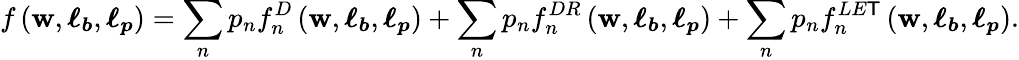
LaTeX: f\left(\boldsymbol{\mathbf{w}},\boldsymbol{\ell_{b}},\boldsymbol{\ell_{p}}\right)=\sum_{n}p_{n}f_{n}^{D}\left(\boldsymbol{\mathbf{w}},\boldsymbol{\ell_{b}},\boldsymbol{\ell_{p}}\right)+\sum_{n}p_{n}f_{n}^{DR}\left(\boldsymbol{\mathbf{w}},\boldsymbol{\ell_{b}},\boldsymbol{\ell_{p}}\right)+\sum_{n}p_{n}f_{n}^{LE\mathsf{T}}\left(\boldsymbol{\mathbf{w}},\boldsymbol{\ell_{b}},\boldsymbol{\ell_{p}}\right).